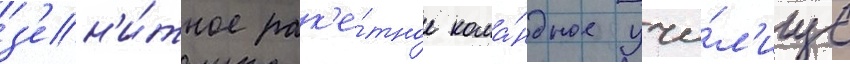
з'ен'и́тное рак'е́тное кома́ндное учи́л'ище